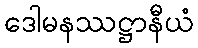
ဒေါမနဿဋ္ဌာနီယံ